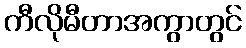
ကီလိုမီတာအကွာတွင်